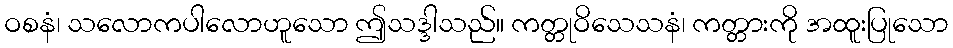
ဝစနံ၊ သလောကပါလောဟူသော ဤသဒ္ဒါသည်။ ကတ္တုဝိသေသနံ၊ ကတ္တားကို အထူးပြုသော